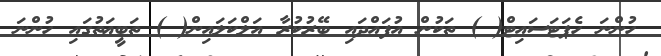
ހުންނަ ހެޕަޓަސައިޓް( ) ތަކުން އުފައްދައި ބޭރުކުރާ އަލްކަލައިން( ) ތަބީޢަތުގައި ހުންނަ